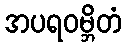
အပရဝမ္ဘိတံ